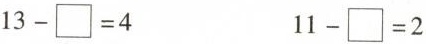
$$13-\square =4$$ $$11-\square =2$$